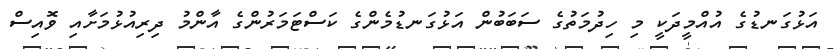
އަޅުގަނޑުގެ އުއްމީދަކީ މި ހިދުމަތުގެ ސަބަބުން އަޅުގަނޑުމެންގެ ކަސްޓަމަރުންގެ އާންމު ދިރިއުޅުމަށާއި ވޮއިސް